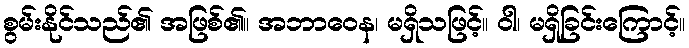
စွမ်းနိုင်သည်၏ အဖြစ်၏။ အဘာဝေန၊ မရှိသဖြင့်။ ဝါ၊ မရှိခြင်းကြောင့်။